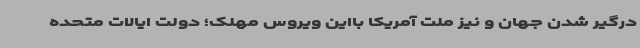
درگیر شدن جهان و نیز ملت آمریکا بااین ویروس مهلک؛ دولت ایالات متحده